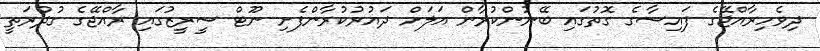
ދިވެހިރާއްޖޭގެ ފައިސާގެ ގޮތުގައި ބޭނުންކުރާން އަލަށް ދައުރުކުރާންފެށި ނޫޓް ސީރީޒުގައި ރާއްޖޭގެ ގުދުރަތީ